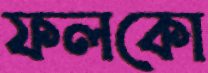
ফলকো